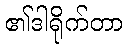
၏ဒါရိုက်တာ